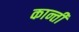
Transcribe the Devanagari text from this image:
कान्ती